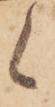
候